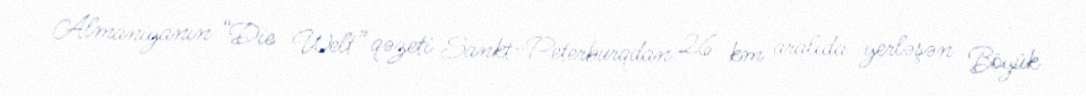
Almaniyanın “Die Welt” qəzeti Sankt-Peterburqdan 26 km aralıda yerləşən Böyük